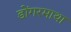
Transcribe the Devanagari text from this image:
डोंगरमाथा